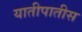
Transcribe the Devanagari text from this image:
यातीपातीस